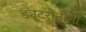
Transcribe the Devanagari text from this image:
ड्यूटरोनौमी